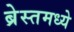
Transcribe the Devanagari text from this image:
ब्रेस्तमध्ये